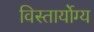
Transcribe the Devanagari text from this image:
विस्तार्योग्य